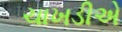
ચાખડીએ